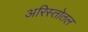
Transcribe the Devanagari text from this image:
अरिस्तोतल